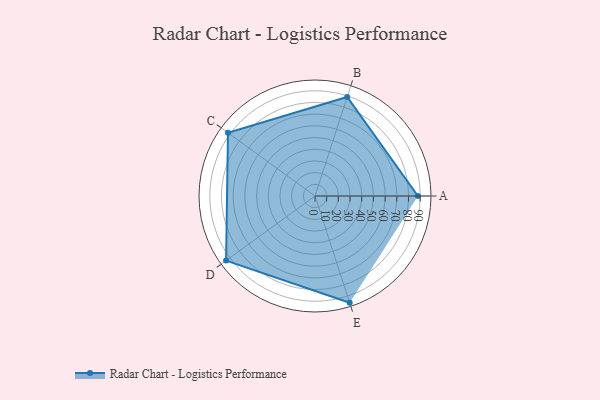
{"axis": {"x": "Skill", "y": "Score"}, "legend": ["Profile"], "data": [{"x": "A", "y": 88.0, "type": "Profile"}, {"x": "B", "y": 89.0, "type": "Profile"}, {"x": "C", "y": 92.0, "type": "Profile"}, {"x": "D", "y": 94.0, "type": "Profile"}, {"x": "E", "y": 96.0, "type": "Profile"}]}